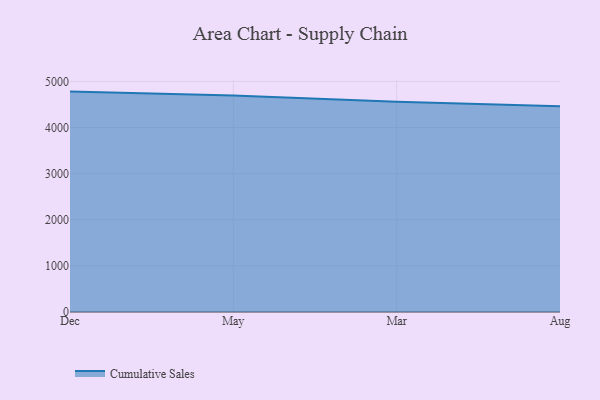
{"axis": {"x": "Month", "y": "Net Income (USD K)"}, "legend": ["Cumulative Sales"], "data": [{"x": "Dec", "y": 4779.5, "type": "Cumulative Sales"}, {"x": "May", "y": 4693.6, "type": "Cumulative Sales"}, {"x": "Mar", "y": 4561.1, "type": "Cumulative Sales"}, {"x": "Aug", "y": 4461.1, "type": "Cumulative Sales"}]}